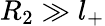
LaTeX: R_{2}\gg l_{+}